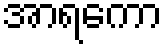
အာရကော